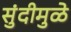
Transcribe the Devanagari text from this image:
सुंदीमुळे